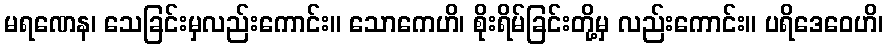
မရဏေန၊ သေခြင်းမှလည်းကောင်း။ သောကေဟိ၊ စိုးရိမ်ခြင်းတို့မှ လည်းကောင်း။ ပရိဒေဝေဟိ၊